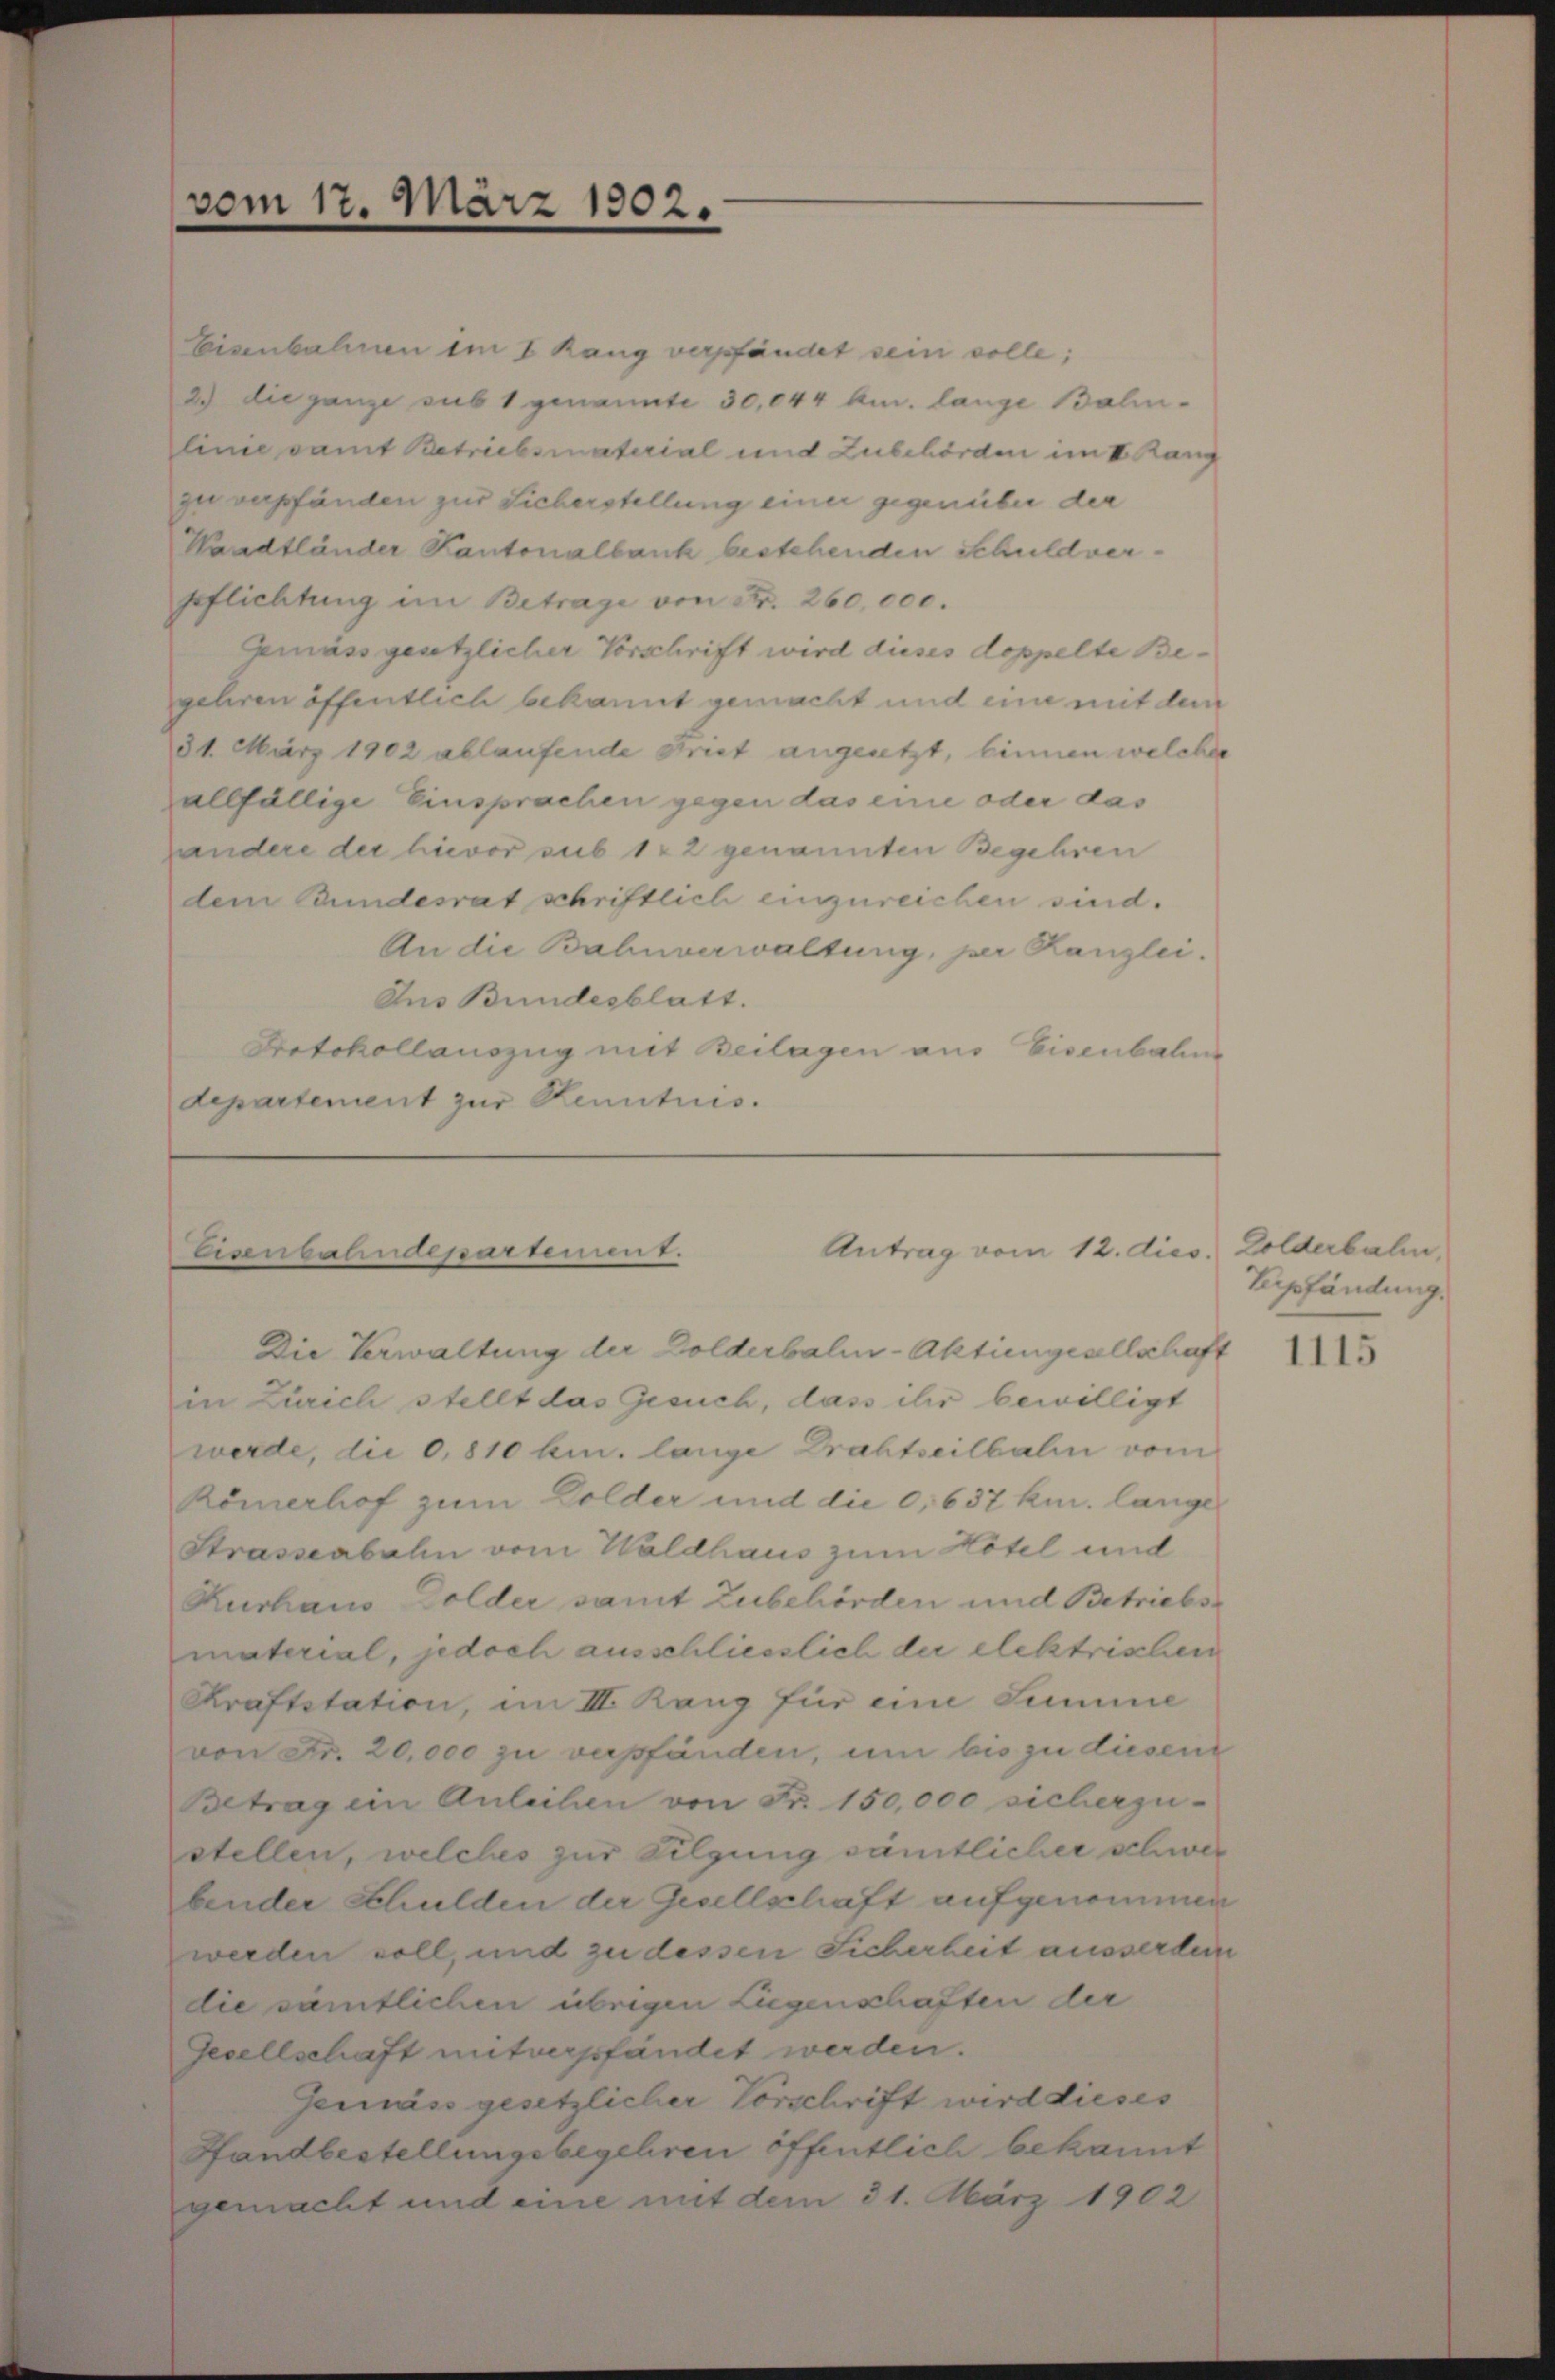
vom 17. März 1902.

Eisenbahnen im I Rang verpfändet sein solle;
2.) die ganze sub 1 genannte 30,044 ku. lange Balin-
linie samt Betriebsmaterial und Zubehörden im I. Rang
zu verpfänden zur Sicherstellung einer gegenüber der
Waadtländer Kantonalbank bestehenden Schuldverspflichtung im Betrage von Fr. 260,000.
Cemassgesetzlicher Vorschrift wird dieses doppelte Begehren öffentlich bekannt gemacht und eine mit dem
31. März 1902 ablaufende Brief angesetzt, binnen welcher
allfällige Einsprachen gegen das eine oder das
handere der hievor sub 1 ½ 2 genannten Begehren
dem Bundesrat schriftlich einzureichen sind.
An die Bahnverwaltung, per Kanzlei.
Aus Bundesblatt.
Protokollauszug mit Beilagen aus Eisenbahne
departement zur Kenntnis.

Antrag vom 12. dies. Dolderbahn,
Eisenbahndepartemen v.
Die Verwaltung der Dolderbali-Aktiengesellschaft

in Zürich stellt das Gesuch, dass ihr bewilligt
werde, die 0,810 kr. lange Drahtseilbalen vom
Römerhof zum Dolder und die 0, 637 kn. lange
Strassenbahn vom Waldhaus zum Hotel und
Kushaus Dolder samt Zubehörden und Betriebs
material, jedoch ausschliesslich der elektrischen
Kraftstation, im III. Rang für eine Summe
von Fr. 20,000 zu verpfänden, um bis zu diesen
Betrag ein Anleihen von Fr. 150,000 sicherzu-
stellen, welches zur Tilgung sämtlicher schwer
bender Schulden der Gesellschaft aufgenommen
werden soll, und zu dessen Sicherheit aussertei
die sämtlichen übrigen Liegenschaften der
Gesellschaft mitverpfändet werden.
Gemäss gesetzlicher Vorschrift wird dieses
Handbestellungsbegehren öffentlich bekannt
gemacht und eine mit dem 31. März 1902

Epfändung.

1115